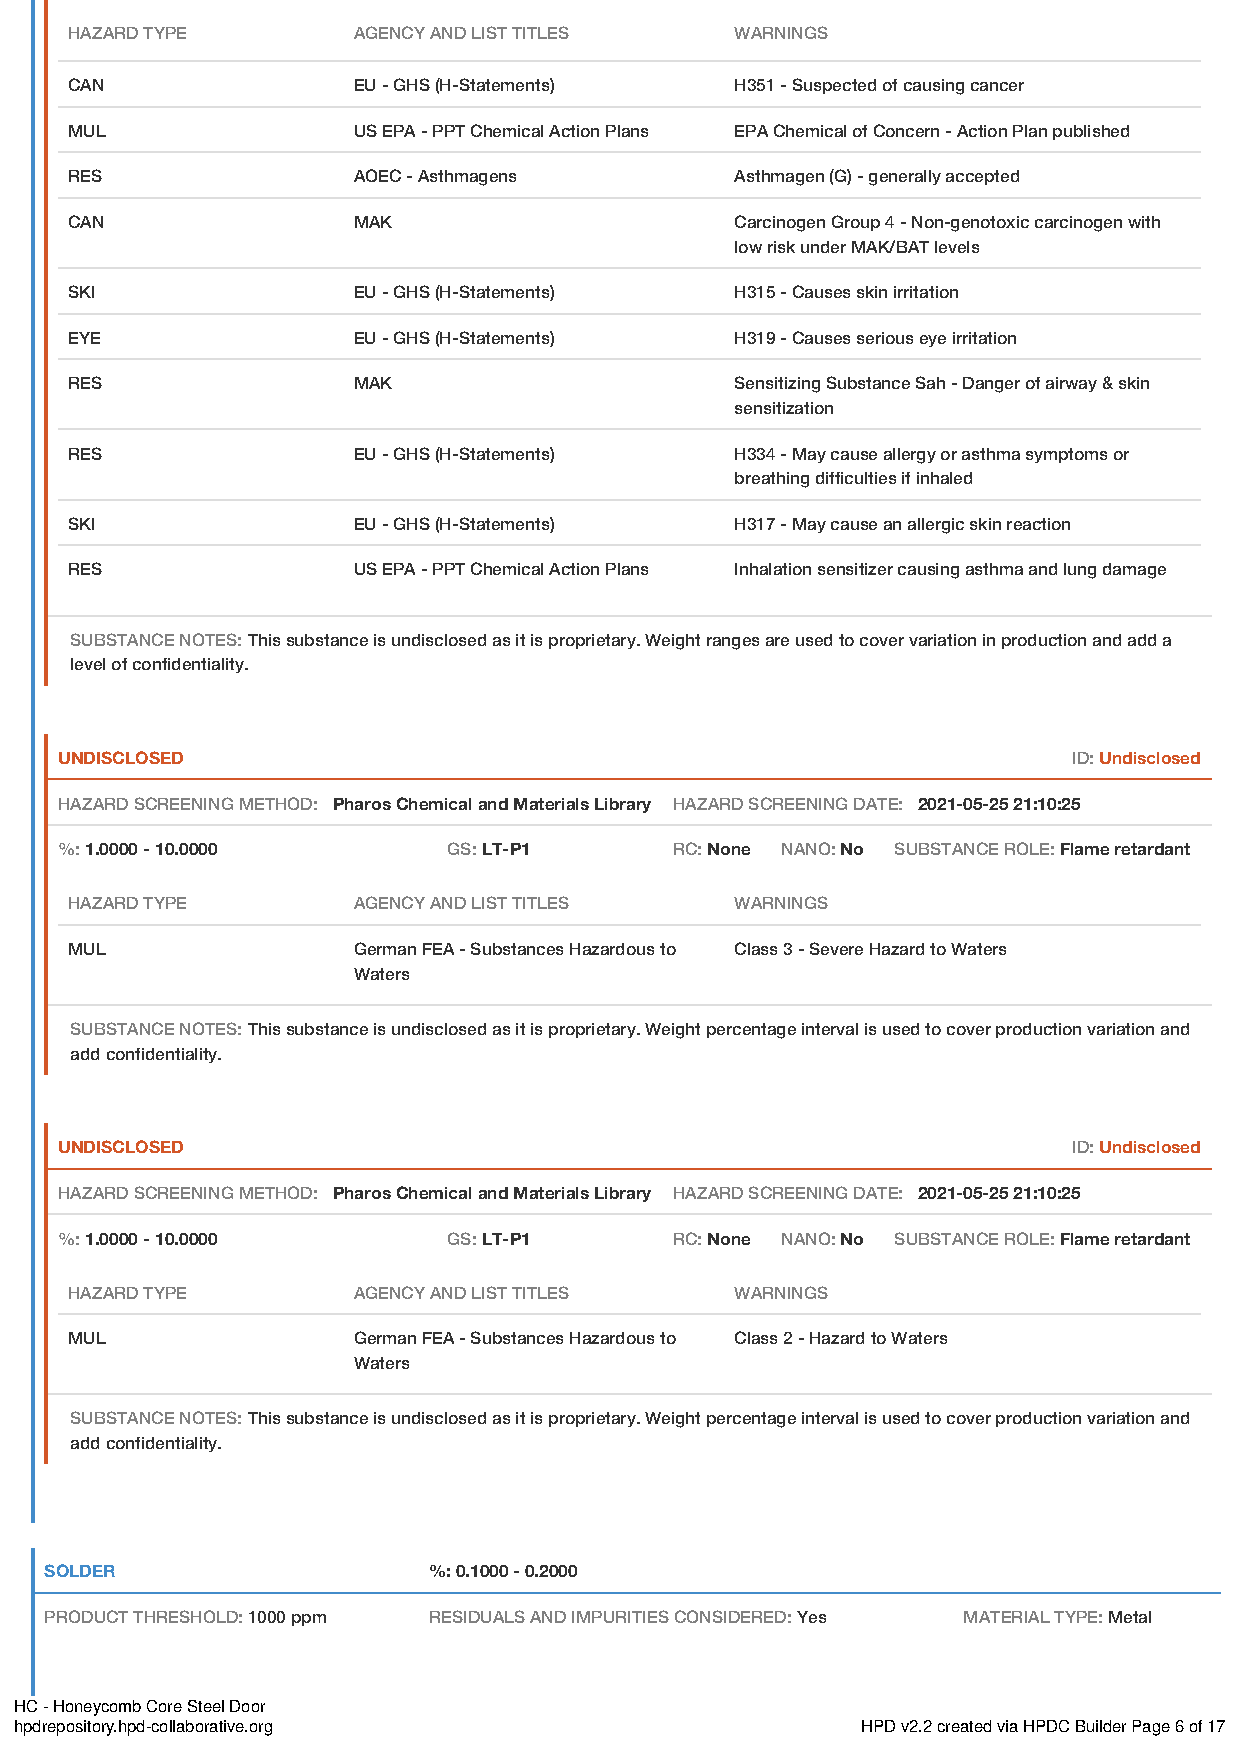
HAZARD TYPE        AGENCY AND LIST TITLES    WARNINGS
 CAN                EU - GHS (H-Statements)   H351 - Suspected of causing cancer
 MUL                US EPA - PPT Chemical Action Plans EPA Chemical of Concern - Action Plan published
 RES                AOEC - Asthmagens         Asthmagen (G) - generally accepted
 CAN                MAK                       Carcinogen Group 4 - Non-genotoxic carcinogen with
 low risk under MAK/BAT levels
 SKI                EU - GHS (H-Statements)   H315 - Causes skin irritation
 EYE                EU - GHS (H-Statements)   H319 - Causes serious eye irritation
 RES                MAK                       Sensitizing Substance Sah - Danger of airway & skin
 sensitization
 RES                EU - GHS (H-Statements)   H334 - May cause allergy or asthma symptoms or
 breathing difficulties if inhaled
 SKI                EU - GHS (H-Statements)   H317 - May cause an allergic skin reaction
 RES                US EPA - PPT Chemical Action Plans Inhalation sensitizer causing asthma and lung damage
 SUBSTANCE NOTES: This substance is undisclosed as it is proprietary. Weight ranges are used to cover variation in production and add a
 level of confidentiality.
 UNDISCLOSED                                                        ID: Undisclosed
 HAZARD SCREENING METHOD: Pharos Chemical and Materials Library HAZARD SCREENING DATE: 2021-05-25 21:10:25
 %: 1.0000 - 10.0000       GS: LT-P1      RC: None NANO: No SUBSTANCE ROLE: Flame retardant
 HAZARD TYPE        AGENCY AND LIST TITLES    WARNINGS
 MUL                German FEA - Substances Hazardous to Class 3 - Severe Hazard to Waters
 Waters
 SUBSTANCE NOTES: This substance is undisclosed as it is proprietary. Weight percentage interval is used to cover production variation and
 add confidentiality.
 UNDISCLOSED                                                        ID: Undisclosed
 HAZARD SCREENING METHOD: Pharos Chemical and Materials Library HAZARD SCREENING DATE: 2021-05-25 21:10:25
 %: 1.0000 - 10.0000       GS: LT-P1      RC: None NANO: No SUBSTANCE ROLE: Flame retardant
 HAZARD TYPE        AGENCY AND LIST TITLES    WARNINGS
 MUL                German FEA - Substances Hazardous to Class 2 - Hazard to Waters
 Waters
 SUBSTANCE NOTES: This substance is undisclosed as it is proprietary. Weight percentage interval is used to cover production variation and
 add confidentiality.
 SOLDER                   %: 0.1000 - 0.2000
 PRODUCT THRESHOLD: 1000 ppm RESIDUALS AND IMPURITIES CONSIDERED: Yes MATERIAL TYPE: Metal
 HC - Honeycomb Core Steel Door
 hpdrepository.hpd-collaborative.org                     HPD v2.2 created via HPDC Builder Page 6 of 17